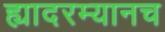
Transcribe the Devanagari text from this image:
ह्यादरम्यानच